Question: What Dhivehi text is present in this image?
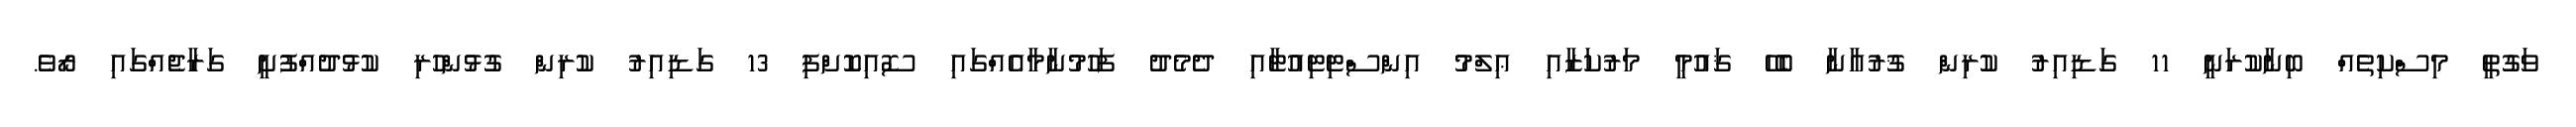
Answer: ވަގުތީ މިސްކިތެއް ބިނާކުރަނީ 11 ގަޑިއިރު ކުރިން ޤުރުއާނާ ބެހޭ ޤައުމީ މަރުކަޒާއި ޢިލްމު އިންސްޓިޓިއުޓާއި ދެމެދު ފަހުމުނާމާއެއްގައި ސޮއިކޮށްފި 13 ގަޑިއިރު ކުރިން ގުޅުންހުރި ކުޅުދުއްފުށީ ގަރާޖެއްގައި ރޯވެ.